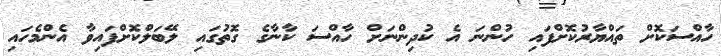
ހާއްސަކޮށް ތައްޔާރުކޮށްފައި ހުންނަ އެ ކުދިންނަށް ހާއްސަ ކާނާގެ ގޮތުގައި ލޭބަލްކޮށްފައިވާ އެންމެހައި